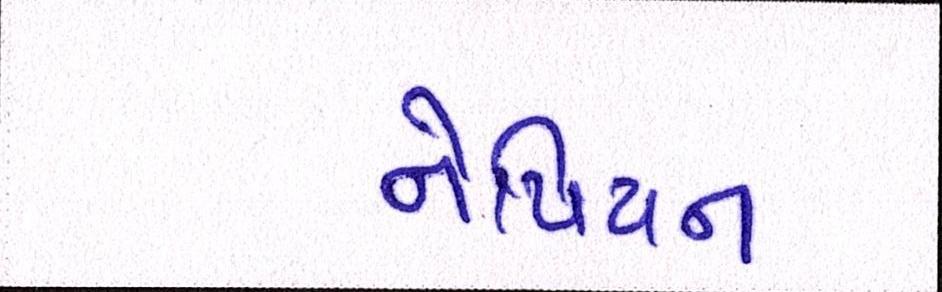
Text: નેપિયન